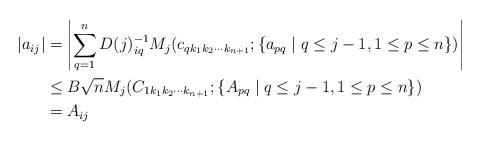
LaTeX: \begin{align*}|a_{ij}| &= \left| \sum_{q=1}^n D(j)^{-1}_{iq} M_j(c_{qk_1k_2 \cdots k_{n+1}}; \{a_{pq}\; |\; q \leq j-1, 1 \leq p \leq n \})\right| \\ &\leq B \sqrt{n} M_j(C_{1k_1k_2 \cdots k_{n+1}}; \{A_{pq}\; |\; q \leq j-1, 1 \leq p \leq n \} ) \\ & = A_{ij}\end{align*}